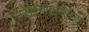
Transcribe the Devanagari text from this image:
निरीक्षणदृष्टीही